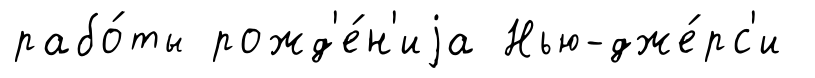
рабо́ты рожд'е́н'иjа Нью-дже́рс'и